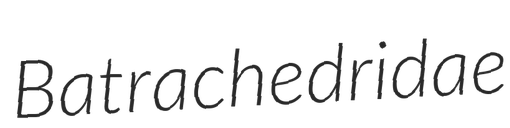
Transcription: Batrachedridae